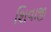
શિવાજી